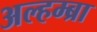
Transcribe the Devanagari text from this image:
अल्हम्ब्रा